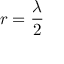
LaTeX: r = { \frac { \lambda } { 2 } }